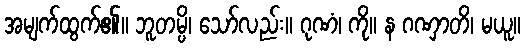
အမျက်ထွက်၏။ ဘူတမ္ပိ၊ သော်လည်း။ ဂုဏံ၊ ကို။ န ဂဏှာတိ၊ မယူ။